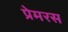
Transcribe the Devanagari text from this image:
प्रेमरस